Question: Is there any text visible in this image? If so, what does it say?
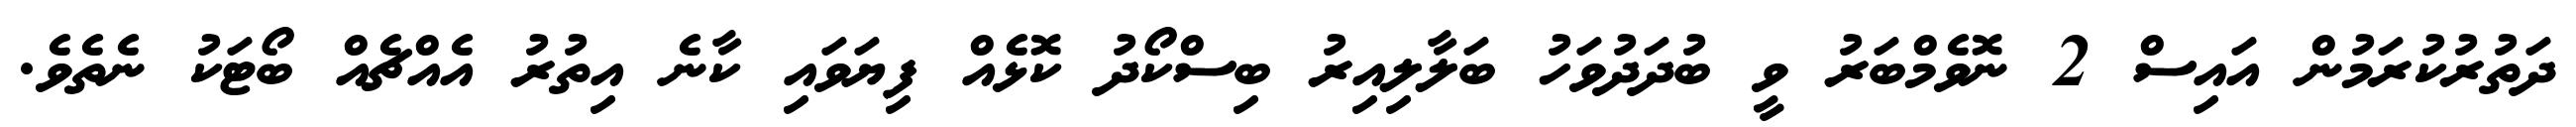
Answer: ދަތުރުކުރަމުން އައިސް 2 ނޮވެމްބަރު ވީ ބުދަދުވަހު ބަލާލިއިރު ބިސްކޯދު ކޮޅެއް ފިޔަވައި ކާނެ އިތުރު އެއްޗެއް ބޯޓަކު ނެތެވެ.